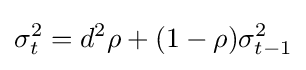
\sigma _{t}^{2}=d^{2}\rho +(1-\rho )\sigma _{t-1}^{2}